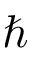
\hbar